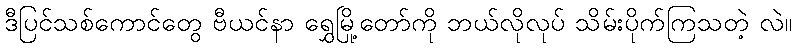
ဒီပြင်သစ်ကောင်တွေ ဗီယင်နာ ရွှေမြို့တော်ကို ဘယ်လိုလုပ် သိမ်းပိုက်ကြသတဲ့ လဲ။